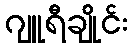
ဂျူရီချိုင်း